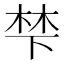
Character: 梺